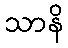
သာနိ